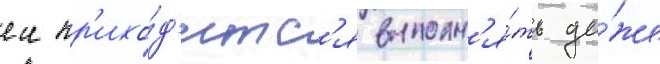
еи пр'ихо́д'итс'я выполн'я́ть да́же